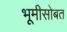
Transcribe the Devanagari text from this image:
भूमीसोबत